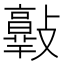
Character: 𣀦